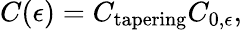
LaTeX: C(\epsilon)=C_{\mathrm{tapering}}C_{0,\epsilon},